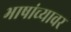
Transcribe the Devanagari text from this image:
भाषांच्यावर